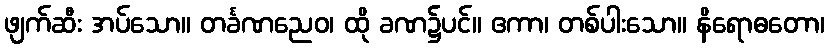
ဖျက်ဆီး အပ်သော။ တင်္ခဏညေဝ၊ ထို ခဏ၌ပင်။ ဧကာ၊ တစ်ပါးသော။ နိရောဓတော၊